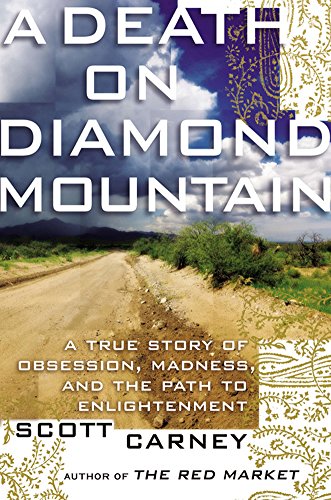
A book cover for A Death on Diamond Mountain: A True Story of Obsession, Madness, and the Path to Enlightenment; Scott Carney; Religion & Spirituality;